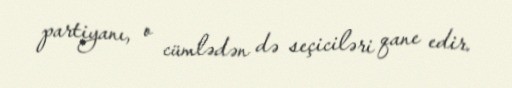
partiyanı, o cümlədən də seçiciləri qane edir.